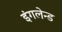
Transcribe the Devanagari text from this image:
इंगलेन्ड